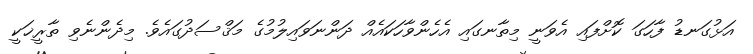
އަޅުގަނޑު ފާހަގަ ކޮށްފައި އެވަނީ މިތާނގައި އެހެންވާހަކައެއް ދަންނަވައިލުމުގެ މަޤްސަދުގައެވެ. މިދެންނެވި ތާރީޚަކީ